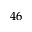
4 6